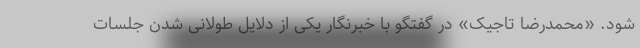
شود. «محمدرضا تاجیک» در گفتگو با خبرنگار یکی از دلایل طولانی شدن جلسات